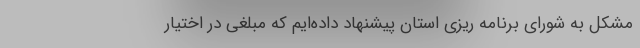
مشکل به شورای برنامه ریزی استان پیشنهاد داده‌ایم که مبلغی در اختیار